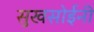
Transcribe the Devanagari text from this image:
सुखसोईनी